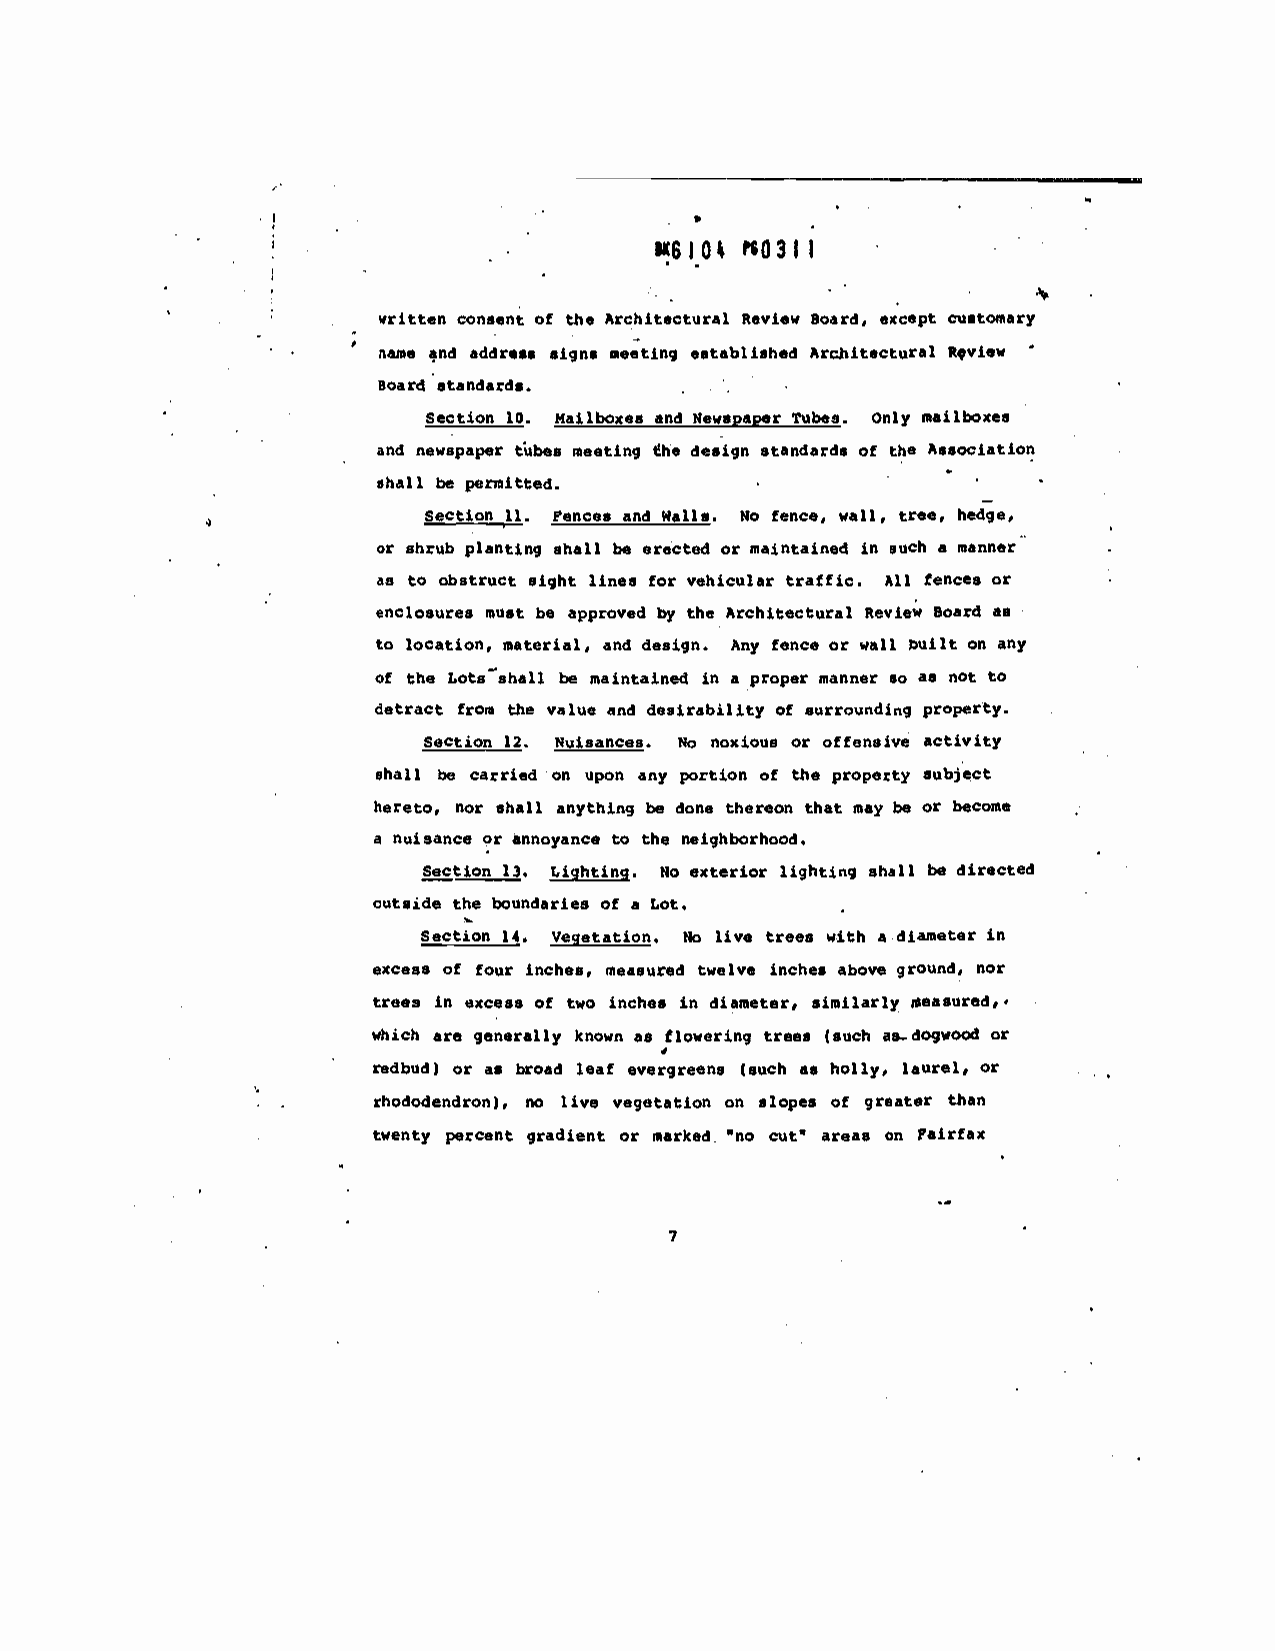
U$IO% '$0311
 written consent of the Architectural Review Board, except cu.toeary
 name and address signs meeting established Architectural Rqview
 Board standards.
 Section 10. Mailboxes and Newspaper Tubes, Only mailboxes
 and newspaper tubes meeting he design standards of the Association
 -
 shall be peridtted.               -
 Section 11. Fences and Walls. No fence, wall, tree, hedge,
 or shrub planting shall be erected or maintained in such a manner
 as to obstruct sight lines for vehicular traffic. All fences or
 enclosures must be approved by the Architectural Review Board as
 to location, material, and design. Any fence or wall Duilt on any
 of the LotsThhall be maintained in a proper manner so as not to
 detract from the value and desirability of surrounding property.
 section 12. Nuisances. No noxious or offensive activity
 shall be carried on upon any portion of the property subject
 hereto, nor shall anything be done thereon that may be or become
 a nuisance or annoyance to the neighborhood.
 Section_13. Lighting. No exterior lighting shall be directed
 outside the boundaries of a Lot.
 Section 14. Vegetation. No live trees with a diameter in
 excess of four inches, measured twelve inches above ground, nor
 trees in excess of two inches ii' diameter, similarly measured..
 which are generally known as flowering trees (such as..dogwaod or
 redbud) or as broad leaf evergreens (such as holly, laurel, or
 rhododendron), no live vegetation on slopes of greater than
 twenty percent gradient or marked "no cut' areas on Fairfax